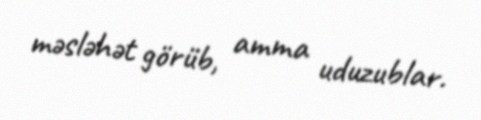
məsləhət görüb, amma uduzublar.